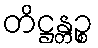
တိဋ္ဌန္တဉ္စ